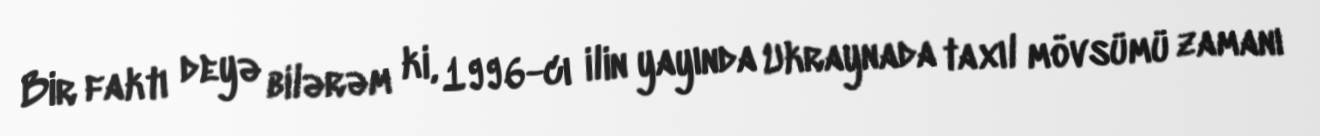
Bir faktı deyə bilərəm ki, 1996-cı ilin yayında Ukraynada taxıl mövsümü zamanı